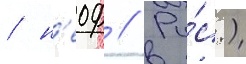
/ н'еоф // Ру́с.)